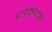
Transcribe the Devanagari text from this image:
भाडेपत्त्याने